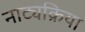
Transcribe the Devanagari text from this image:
नाट्यक्रिया